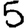
Digit: 5